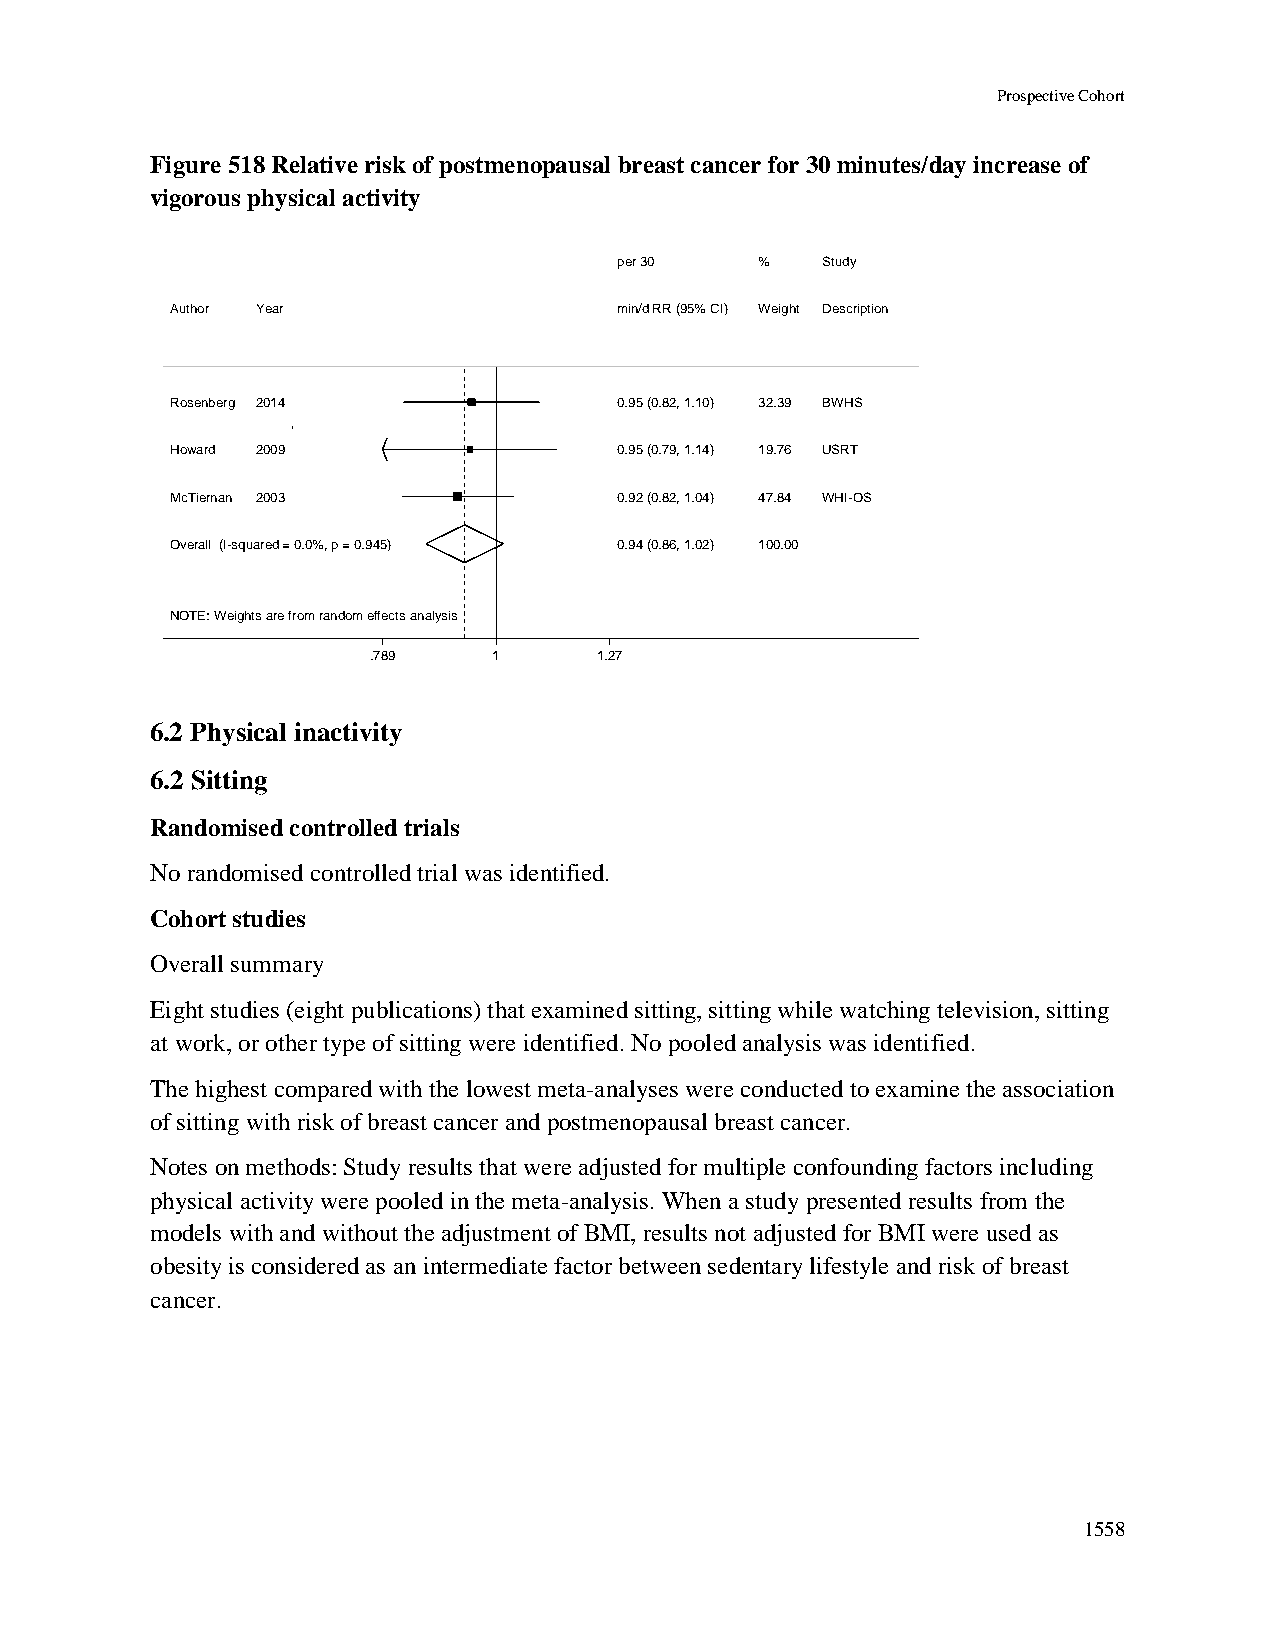
Prospective Cohort
 Figure 518 Relative risk of postmenopausal breast cancer for 30 minutes/day increase of
 vigorous physical activity
 ppeerr 3300 %% Study
 Author Year                   mmiinn//dd RRRR ((9955%% CCII)) WWeeiigghhtt Description
 Rosenberg 2014                00..9955 ((00..8822,, 11..1100)) 3322..3399 BWHS
 Howard 2009                   00..9955 ((00..7799,, 11..1144)) 1199..7766 USRT
 McTiernan 2003                00..9922 ((00..8822,, 11..0044)) 4477..8844 WHI-OS
 Overall (I-squared = 0.0%, p = 0.945) 00..9944 ((00..8866,, 11..0022)) 110000..0000
 NOTE: Weights are from random effects analysis
 .789     11     1.27
 6.2 Physical inactivity
 6.2 Sitting
 Randomised controlled trials
 No randomised controlled trial was identified.
 Cohort studies
 Overall summary
 Eight studies (eight publications) that examined sitting, sitting while watching television, sitting
 at work, or other type of sitting were identified. No pooled analysis was identified.
 The highest compared with the lowest meta-analyses were conducted to examine the association
 of sitting with risk of breast cancer and postmenopausal breast cancer.
 Notes on methods: Study results that were adjusted for multiple confounding factors including
 physical activity were pooled in the meta-analysis. When a study presented results from the
 models with and without the adjustment of BMI, results not adjusted for BMI were used as
 obesity is considered as an intermediate factor between sedentary lifestyle and risk of breast
 cancer.
 1558